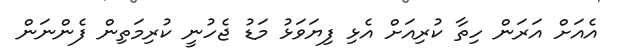
އެއަށް އަރަން ހިތާ ކުރިއަށް އެޅި ފިޔަވަޅު މަޑު ޖެހުނީ ކުރިމަތިން ފެންނަން